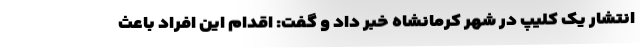
انتشار یک کلیپ در شهر کرمانشاه خبر داد و گفت: اقدام این افراد باعث